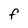
Character: F